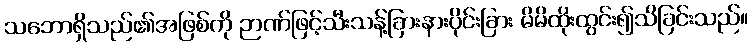
သဘောရှိသည်၏အဖြစ်ကို ဉာဏ်ဖြင့်သီးသန့်ခြားနားပိုင်းခြား မိမိထိုးထွင်း၍သိခြင်းသည်။